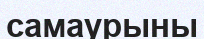
самаурыны